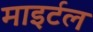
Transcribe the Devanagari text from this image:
माइर्टल